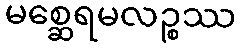
မစ္ဆေရမလဉ္စဿ